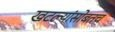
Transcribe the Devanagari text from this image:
खटल्यांसोबतच